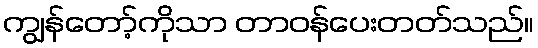
ကျွန်တော့်ကိုသာ တာဝန်ပေးတတ်သည်။